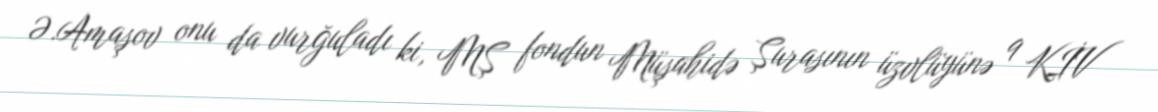
Ə.Amaşov onu da vurğuladı ki, MŞ fondun Müşahidə Şurasının üzvlüyünə 9 KİV